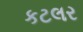
કટલર